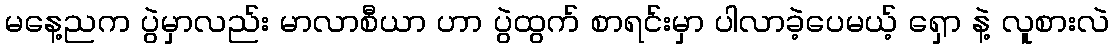
မနေ့ညက ပွဲမှာလည်း မာလာစီယာ ဟာ ပွဲထွက် စာရင်းမှာ ပါလာခဲ့ပေမယ့် ရှော နဲ့ လူစားလဲ